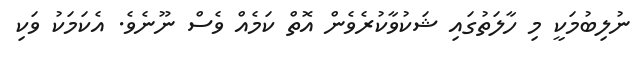
ނުލިބުމަކީ މި ހާލަތުގައި ޝަކުވާކުރެވެން އޮތް ކަމެއް ވެސް ނޫނެވެ. އެކަމަކު ވަކި